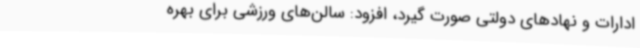
ادارات و نهادهای دولتی صورت گیرد، افزود: سالن‌های ورزشی برای بهره